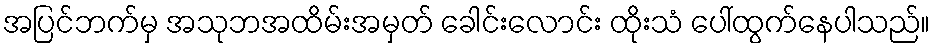
အပြင်ဘက်မှ အသုဘအထိမ်းအမှတ် ခေါင်းလောင်း ထိုးသံ ပေါ်ထွက်နေပါသည်။